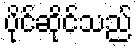
ပိုင်ဆိုင်သည်